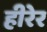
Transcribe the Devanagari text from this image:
हीरेर